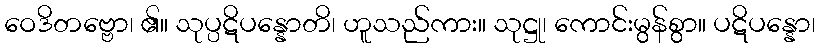
ဝေဒိတဗ္ဗော၊ ၏။ သုပ္ပဋိပန္နောတိ၊ ဟူသည်ကား။ သုဋ္ဌု၊ ကောင်းမွန်စွာ။ ပဋိပန္နော၊